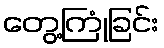
တွေ့ကြုံခြင်း